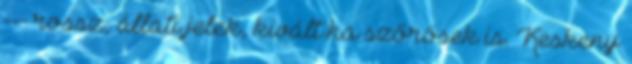
--- rossz, állati jelek, kivált ha szőrösek is. Keskeny